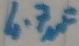
Text: 4.7µF